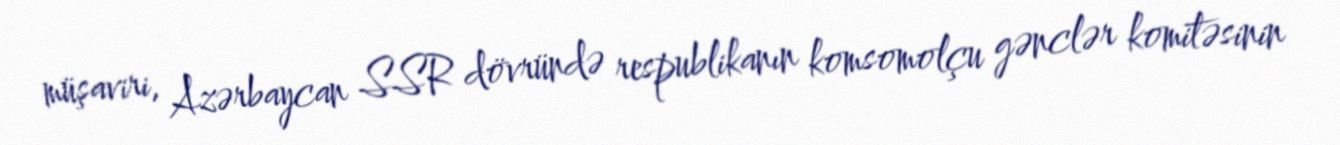
müşaviri, Azərbaycan SSR dövründə respublikanın komsomolçu gənclər komitəsinin